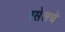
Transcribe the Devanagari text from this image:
रसेलचे